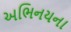
અભિનયના